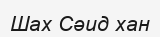
Шах Сәид хан